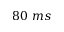
8 0 ~ m s